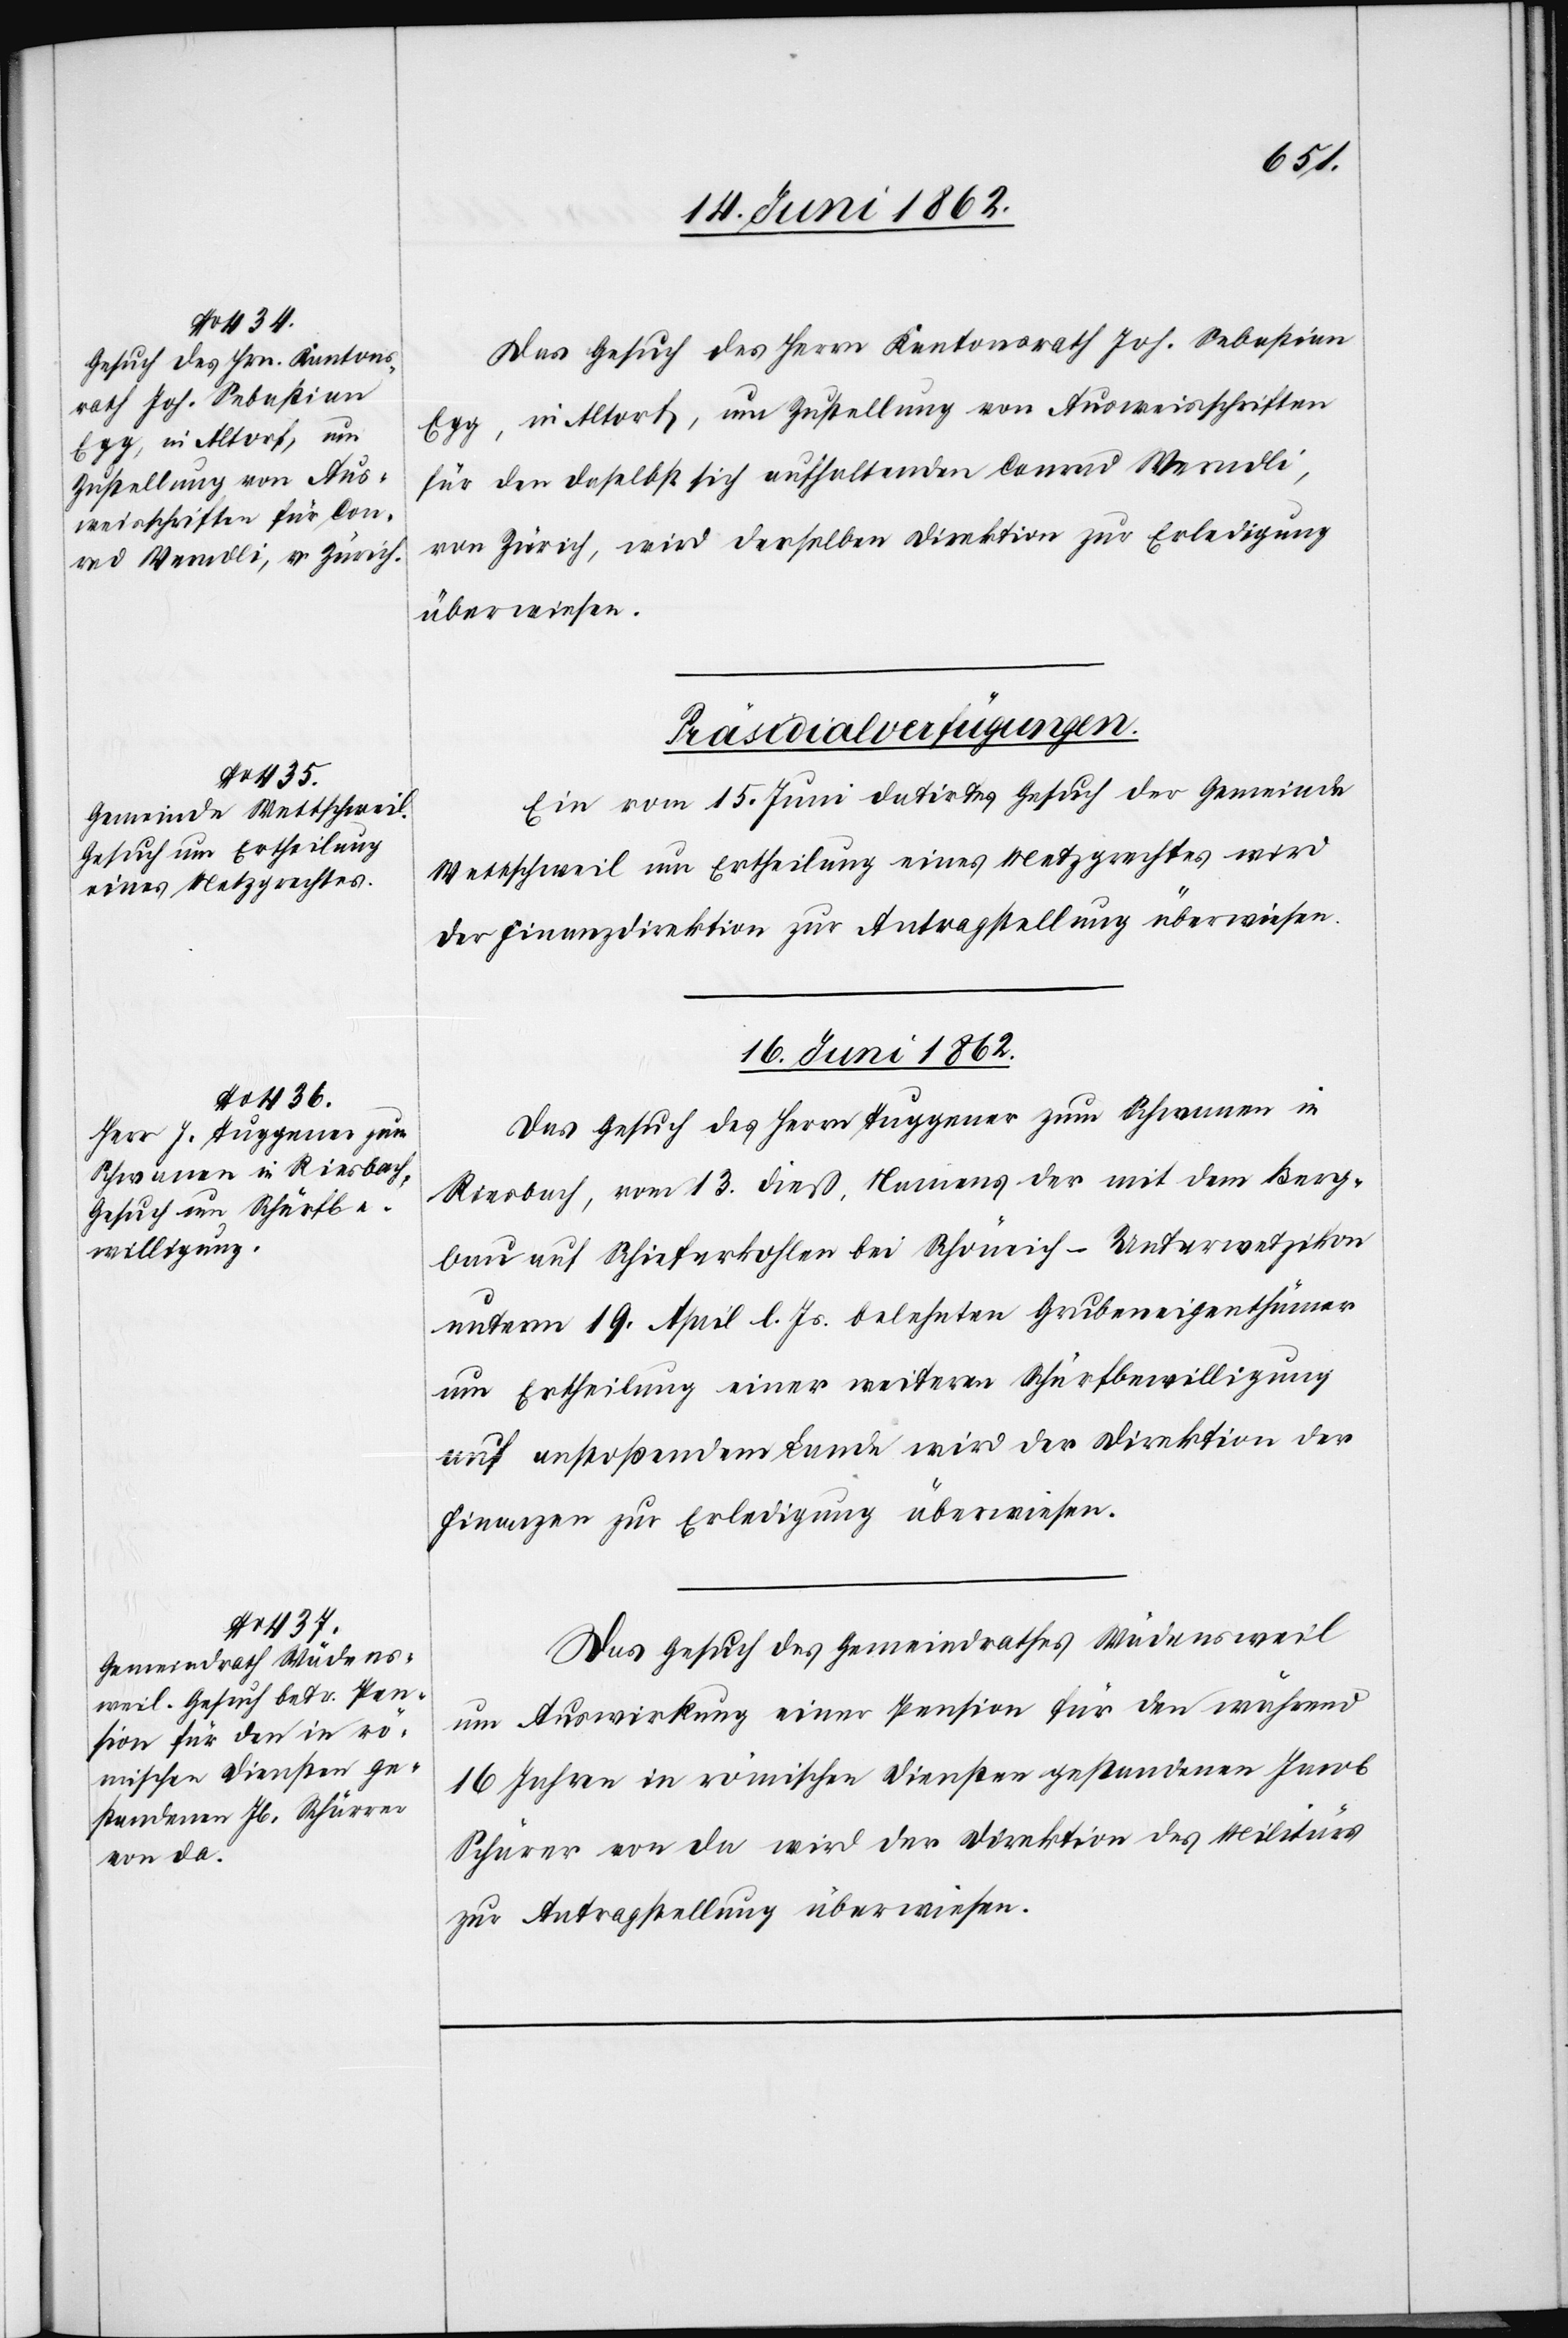
[15. Juni 1862]
Das Gesuch des Herrn Kantonsrath Joh. Sebastian
Egg, in Altorf, um Zustellung von Ausweisschriften
für den daselbst sich aufhaltenden Conrad Werndli,
von Zürich, wird derselben Direktion zur Erledigung
überwiesen.
[Präsidialverfügungen.
Ein vom 15. Juni datirtes Gesuch der Gemeinde
Wettschweil um Ertheilung eines Metzgrechtes wird
der Finanzdirektion zur Antragstellung überwiesen
16. Juni 1862.]
Das Gesuch des Herrn Tuggener zum Schwanden in
Riesbach, vom 13. dieß, Namens der mit dem Berg¬
bau auf Schieferkohlen bei Schöneich-Unterwetzikon
unterm 19. April l. Js. belehnten Grubeneigenthümer
um Ertheilung einer weitern Schürfbewilligung
auf anstoßendem Lande wird der Direktion der
Finanzen zur Erledigung überwiesen.
Das Gesuch des Gemeindrathes Wädensweil
um Auswirkung einer Pension für den während
16 Jahren in römischen Diensten gestandenen Jacob
Schär[r]er von da wird der Direktion des Militärs
zur Antragstellung überwiesen.